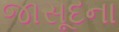
જાસૂદના